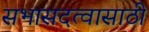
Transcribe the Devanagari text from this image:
सभासदत्वासाठी